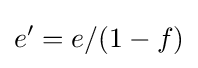
e'=e/(1-f)